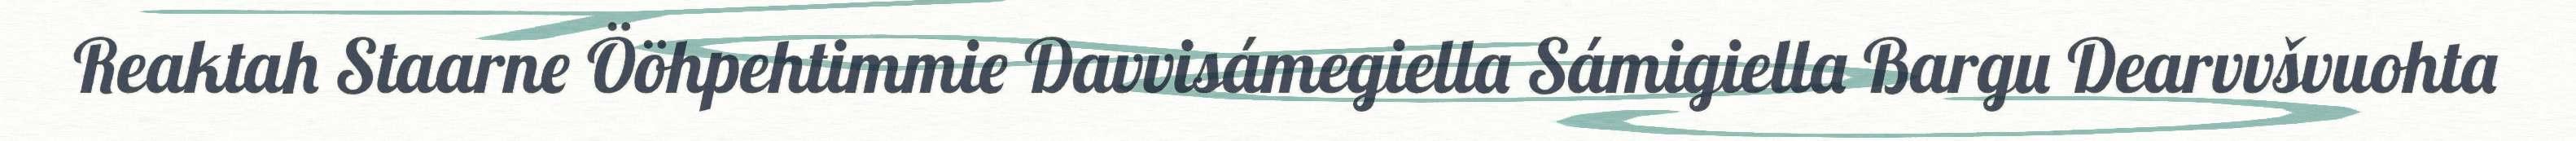
Reaktah Staarne Ööhpehtimmie Davvisámegiella Sámigiella Bargu Dearvvšvuohta